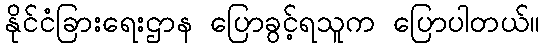
နိုင်ငံခြားရေးဌာန ပြောခွင့်ရသူက ပြောပါတယ်။